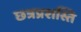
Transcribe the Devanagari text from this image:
छत्रप्रशस्ति